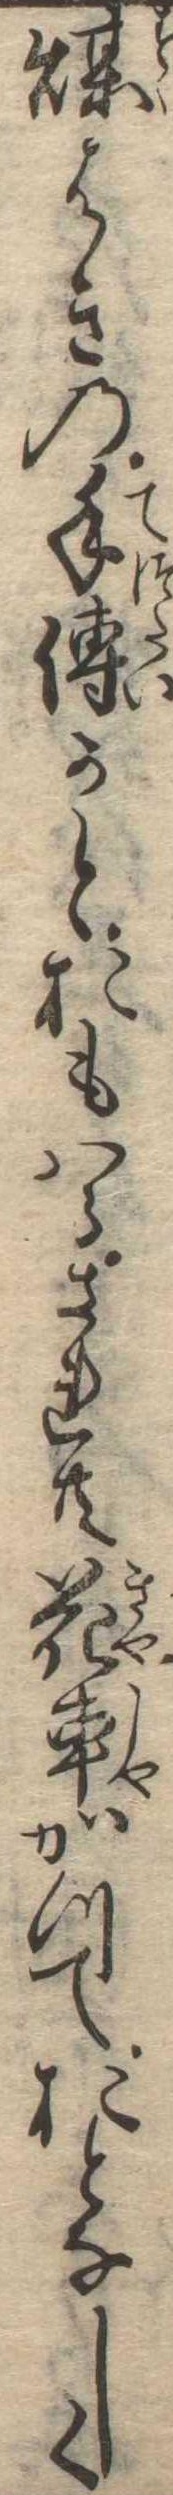
煤はきの手伝かとおもはるされ共花車がつておとなしく